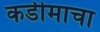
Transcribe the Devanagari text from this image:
कडीमाचा